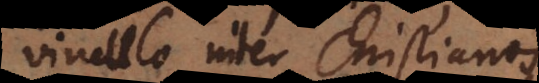
vinculo inter Christianos